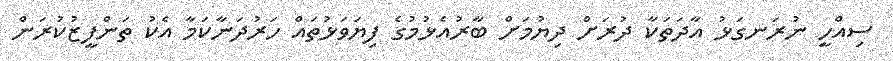
ސިއްހީ ނުރަނގަޅު އާދަތަކާ ދުރަށް ދިޔުމަށް ބާރުއެޅުމުގެ ފިޔަވަޅުތައް ހަރުދަނާކަމާ އެކު ތަންފީޒުކުރަން